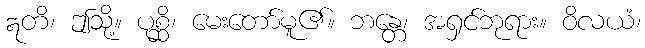
ဣတိ၊ ဤသို့။ ပုစ္ဆိ၊ မေးတော်မူ၏။ ဘန္တေ၊ အရှင်ဘုရား။ ဝိလယံ၊